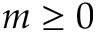
m \geq 0